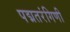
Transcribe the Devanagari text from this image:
पद्मतरंगिणी